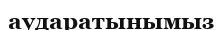
аударатынымыз